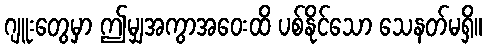
ဂျူးတွေမှာ ဤမျှအကွာအဝေးထိ ပစ်နိုင်သော သေနတ်မရှိ။